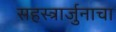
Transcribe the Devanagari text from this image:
सहस्त्रार्जुनाचा